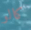
كالو